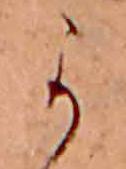
か